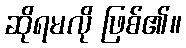
ဆိုရမလို ဖြစ်၏။